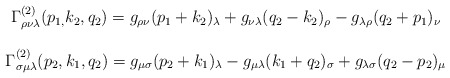
\begin{align*}\begin{array}{c}\Gamma _{\rho \nu \lambda }^{\left( 2\right) }(p_{1,}k_2,q_2)=g_{\rho \nu}(p_1+k_2)_\lambda +g_{\nu \lambda }(q_2-k_2)_\rho -g_{\lambda \rho}(q_2+p_1)_\nu \\ \\ \Gamma _{\sigma \mu \lambda }^{(2)}(p_2,k_1,q_2)=g_{\mu \sigma}(p_2+k_1)_\lambda -g_{\mu \lambda }(k_1+q_2)_\sigma +g_{\lambda \sigma}(q_2-p_2)_\mu\end{array}\end{align*}